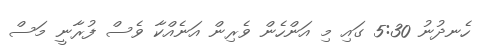
ހެނދުނު 5:30 ގައި މި އަންހެން ވެރިން އަނެއްކާ ވެސް ފުރާނީ މަސް